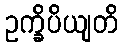
ဥက္ခိပိယျတိ